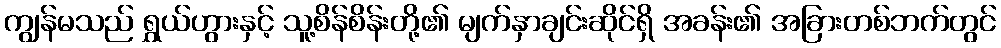
ကျွန်မသည် ရွှယ်ဟွားနှင့် သူ့စိန်စိန်းတို့၏ မျက်နှာချင်းဆိုင်ရှိ အခန်း၏ အခြားတစ်ဘက်တွင်